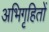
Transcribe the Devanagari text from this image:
अभिगृहितों